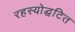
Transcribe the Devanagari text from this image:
रहस्योद्घटित